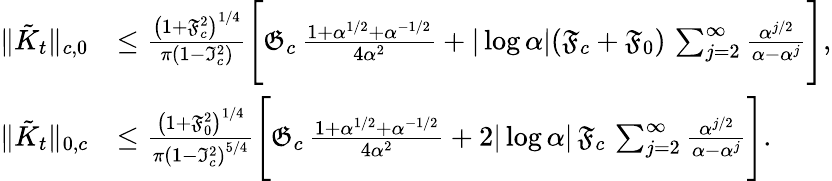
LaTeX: \begin{array}{rl}{\| \tilde{K}_{t}\| _{c,0}}&{\leq\frac{\left(1+\mathfrak{F}_{c}^{2}\right)^{1/4}}{\pi\left(1-\mathfrak{I}_{c}^{2}\right)}\Bigg[\mathfrak{G}_{c}\, \frac{1+\alpha^{1/2}+\alpha^{-1/2}}{4\alpha^{2}}+|\log\alpha|(\mathfrak{F}_{c}+\mathfrak{F}_{0})\, \sum_{j=2}^{\infty}\frac{\alpha^{j/2}}{\alpha-\alpha^{j}}\Bigg],}\\ {\| \tilde{K}_{t}\| _{0,c}}&{\leq\frac{\left(1+\mathfrak{F}_{0}^{2}\right)^{1/4}}{\pi\left(1-\mathfrak{I}_{c}^{2}\right)^{5/4}}\Bigg[\mathfrak{G}_{c}\, \frac{1+\alpha^{1/2}+\alpha^{-1/2}}{4\alpha^{2}}+2|\log\alpha|\, \mathfrak{F}_{c}\, \sum_{j=2}^{\infty}\frac{\alpha^{j/2}}{\alpha-\alpha^{j}}\Bigg].}\end{array}